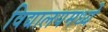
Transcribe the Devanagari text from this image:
विद्यालयमध्ये